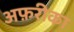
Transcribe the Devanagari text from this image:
अफ़रीका